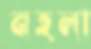
নহলা